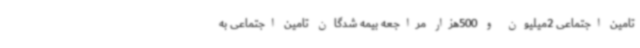
تامین اجتماعی 2میلیون و 500هزار مراجعه بیمه شدگان تامین اجتماعی به